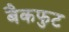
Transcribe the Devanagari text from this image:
बैकफुट